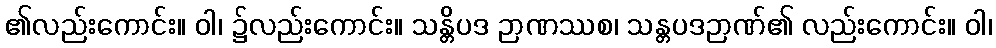
၏လည်းကောင်း။ ဝါ၊ ၌လည်းကောင်း။ သန္တိပဒ ဉာဏဿစ၊ သန္တပဒဉာဏ်၏ လည်းကောင်း။ ဝါ၊